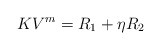
\begin{align*}K V^m=R_1+\eta R_2\end{align*}